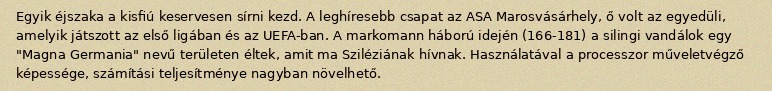
Egyik éjszaka a kisfiú keservesen sírni kezd. A leghíresebb csapat az ASA Marosvásárhely, ő volt az egyedüli, amelyik játszott az első ligában és az UEFA-ban. A markomann háború idején (166-181) a silingi vandálok egy "Magna Germania" nevű területen éltek, amit ma Sziléziának hívnak. Használatával a processzor műveletvégző képessége, számítási teljesítménye nagyban növelhető.